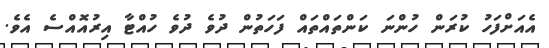
އެއަށްފަހު ކުރަން ހުންނަ ކަންތައްތައް ފަހަތުން ދުވެ ދުވެ ހުއްޓާ އިރުއޮއްސެ އެވެ.